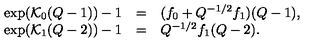
\begin{array} { r c l } { \exp ( { \cal K } _ { 0 } ( Q - 1 ) ) - 1 } & { = } & { ( f _ { 0 } + Q ^ { - 1 / 2 } f _ { 1 } ) ( Q - 1 ) , } \\ { \exp ( { \cal K } _ { 1 } ( Q - 2 ) ) - 1 } & { = } & { Q ^ { - 1 / 2 } f _ { 1 } ( Q - 2 ) . } \\ \end{array}